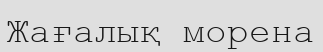
Жағалық морена